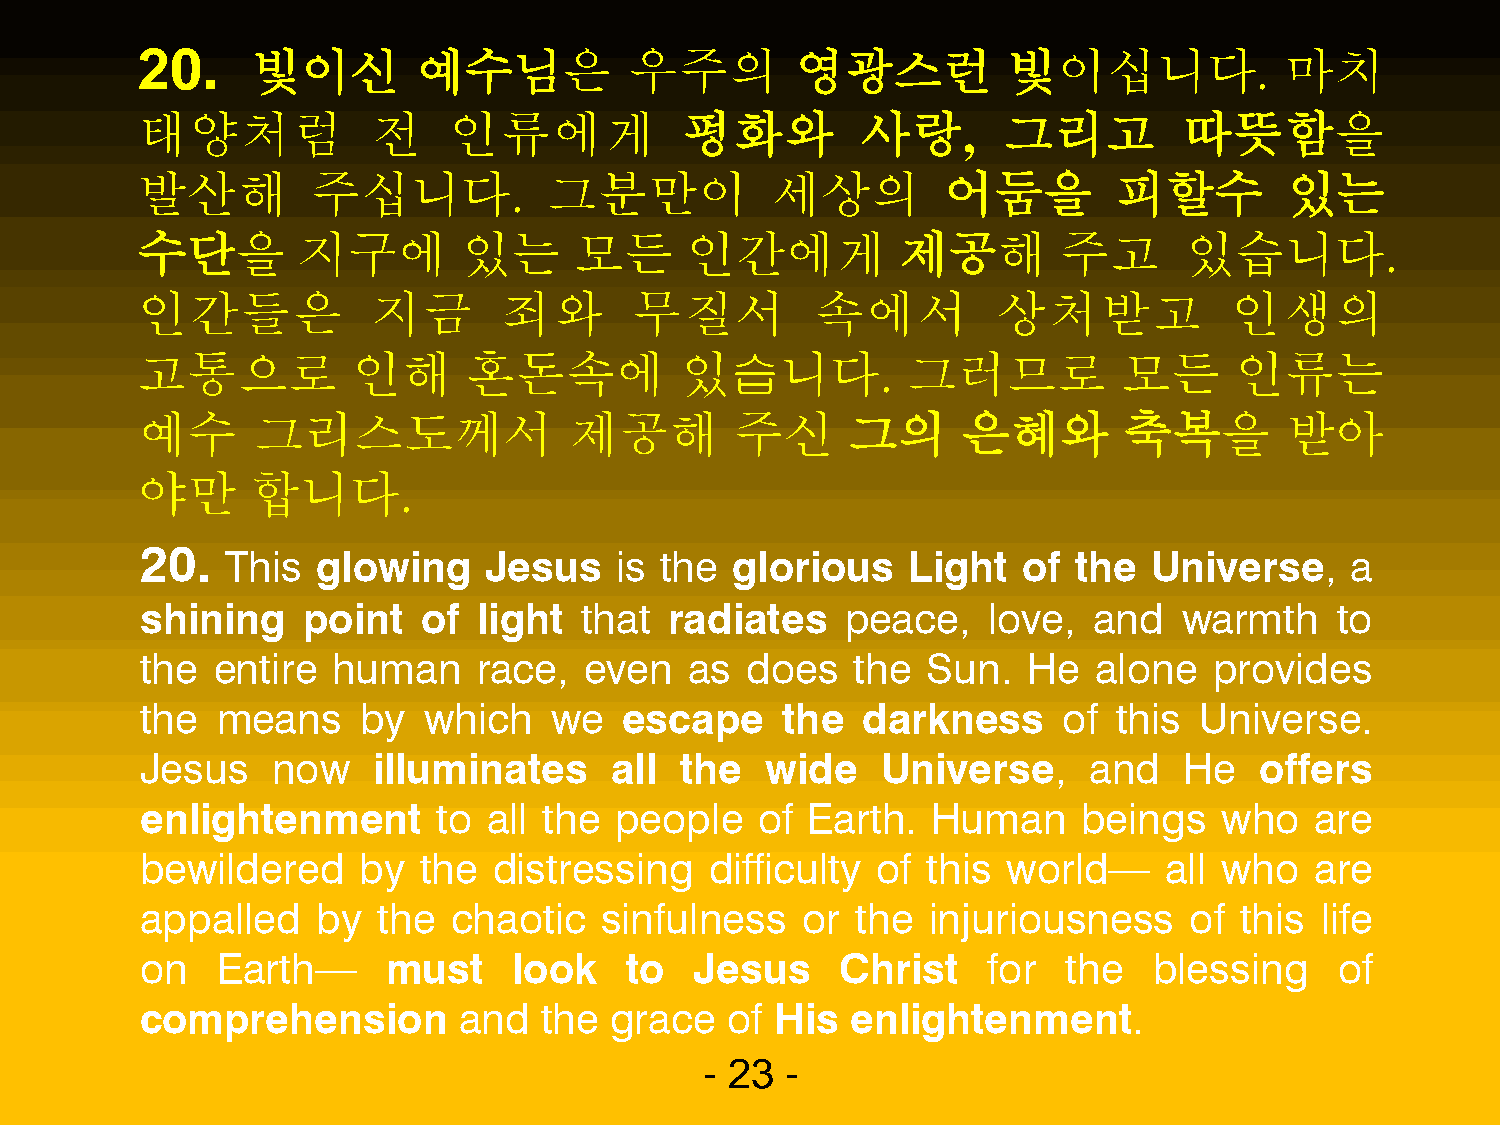
20.     빛이신       예수님은           우주의        영광스런          빛이십니다.            마치
 태양처럼            전    인류에게           펑화와         사랑,      그리고         따뜻함을
 발산해         주십니다.          그분만이           세상의         어둠을        피할수        있는
 수단을        지구에        있는     모든     인간에게           제공해       주고      있습니다.
 인간들은            지금      죄와       무질서         속에서         상처받고           인생의
 고통으로          인해      혼돈속에          있습니다.          그러므로          모든      인류는
 예수      그리스도께서               제공해        주신     그의      은혜와       축복을        받아
 야만      합니다.
 20.
 This  glowing    Jesus    is the glorious    Light   of the  Universe,    a
 shining    point   of  light that  radiates    peace,   love,  and   warmth    to
 the  entire  human     race,  even   as does    the Sun.   He   alone  provides
 the  means     by  which   we   escape     the  darkness     of  this Universe.
 Jesus    now    illuminates    all  the   wide   Universe,     and   He   offers
 enlightenment       to all the  people   of Earth.   Human     beings   who   are
 bewildered     by  the  distressing   difficulty of this  world—    all who   are
 appalled    by  the  chaotic   sinfulness   or  the injuriousness     of this life
 on   Earth—      must    look   to   Jesus     Christ   for   the  blessing     of
 comprehension        and   the grace   of His  enlightenment.
 - 23 -